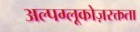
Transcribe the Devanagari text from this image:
अल्पग्लूकोज़रक्तता